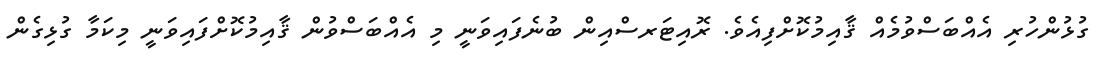
ގުޅުންހުރި އެއްބަސްވުމެއް ޤާއިމުކޮށްފިއެވެ. ރޮއިޓަރސްއިން ބުނެފައިވަނީ މި އެއްބަސްވުން ޤާއިމުކޮށްފައިވަނީ މިކަމާ ގުޅިގެން